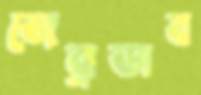
জেব্রাডাব